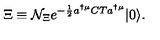
\Xi \equiv { \cal N } _ { \Xi } e ^ { - \frac { 1 } { 2 } a ^ { \dagger \mu } C T a ^ { \dagger \mu } } | 0 \rangle .